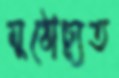
মুঠোচ্যূত